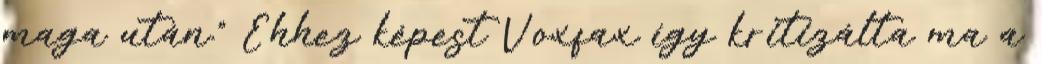
maga után.” Ehhez képest Voxfax így kritizálta ma a